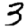
Digit: 3